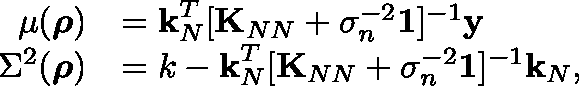
\begin{array} { r l } { \mu ( \boldsymbol { \mathbf { \rho } } ) } & { = \boldsymbol { \mathbf { k } } _ { N } ^ { T } [ \boldsymbol { \mathbf { K } } _ { N N } + \sigma _ { n } ^ { - 2 } \boldsymbol { \mathbf { \mathbb { 1 } } } ] ^ { - 1 } \boldsymbol { \mathbf { y } } } \\ { \Sigma ^ { 2 } ( \boldsymbol { \mathbf { \rho } } ) } & { = k - \boldsymbol { \mathbf { k } } _ { N } ^ { T } [ \boldsymbol { \mathbf { K } } _ { N N } + \sigma _ { n } ^ { - 2 } \boldsymbol { \mathbf { \mathbb { 1 } } } ] ^ { - 1 } \boldsymbol { \mathbf { k } } _ { N } , } \end{array}